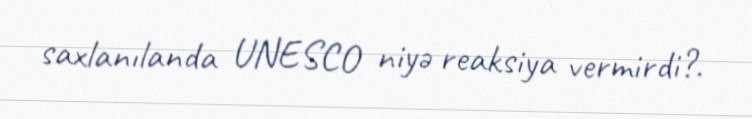
saxlanılanda UNESCO niyə reaksiya vermirdi?.